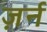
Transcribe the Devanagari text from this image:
ज़र्न